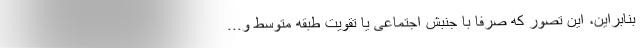
بنابراین، این تصور که صرفا با جنبش اجتماعی یا تقویت طبقه متوسط و...